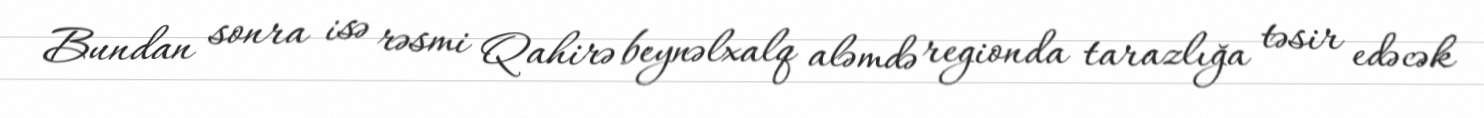
Bundan sonra isə rəsmi Qahirə beynəlxalq aləmdə regionda tarazlığa təsir edəcək